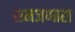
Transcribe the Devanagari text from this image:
समजणारा